system: You are a helpful assistant.
user:
Analyze the provided spectrum to determine if it is a **S-type Star**.

- **Key Indicators for S-type Star:**

    - **(Overall Spectrum Shape):** The first and most obvious characteristic is the overall continuum (the "baseline" shape). It is **extremely "red-sloping,"** meaning the flux (light intensity) is very low on the left side (blue, ~4000-4500 Å) and rises steeply and continuously toward the right side (red, ~7000 Å+).

    - **(Primary):** The spectrum is defined by the presence of strong, broad molecular absorption "valleys" (bands) from **Zirconium Oxide (ZrO)**. The identification of these bands is the **primary requirement** for classifying a star as S-type.
        - **(Key Bandheads):** You must find distinct, deep "dips" where the light has been absorbed. The most critical band systems to locate are:
            - **~6474 Å** ($\gamma$-system): This is often the strongest and clearest ZrO feature, found in the red part of the spectrum.
            - **~5718 Å** & **~5551 Å** ($\beta$-system): A pair of prominent absorption features in the yellow-orange part of the spectrum.
            - **~4640 Å** ($\alpha$-system): A key absorption band system in the blue-green region of the spectrum.

    - **(Secondary Confirmation):** The classification is strengthened by finding additional absorption bands from other related heavy element oxides, which are expected to be present alongside ZrO.
        - **(Key Bandheads):**
            - **Yttrium Oxide (YO):** Look for absorption dips near **~4800 Å** and **~6100 Å**.
            - **Lanthanum Oxide (LaO):** Additional absorption features, particularly in the red-orange part of the spectrum, are also characteristic.

    - **(Line Profile):** The combination of the steep red continuum and these numerous, deep molecular bands (ZrO, YO, etc.) gives the entire spectrum a very **"chopped-up"** or **"bumpy"** appearance. Instead of a smooth curve, the spectrum looks as though large, wide chunks of light have been "carved out" of it at the specific wavelengths listed above.

Think first, call **spectral_visualization_tool** if needed to examine features in detail, then provide your final answer. Your response must adhere to the following strict rules:
1.  **Overall Structure:** Your response must follow the format `<think>...</think> <tool_call>...</tool_call> (if a tool is used) <answer>...</answer>`.
2.  **Tool Usage Constraint:** You may only make **one** tool call per turn.
3.  **Final Answer Format:** In the `<answer>` tag, your conclusion must be inside a `\boxed{}` command (e.g., `\boxed{YES}` or `\boxed{NO}`), followed by your justification.

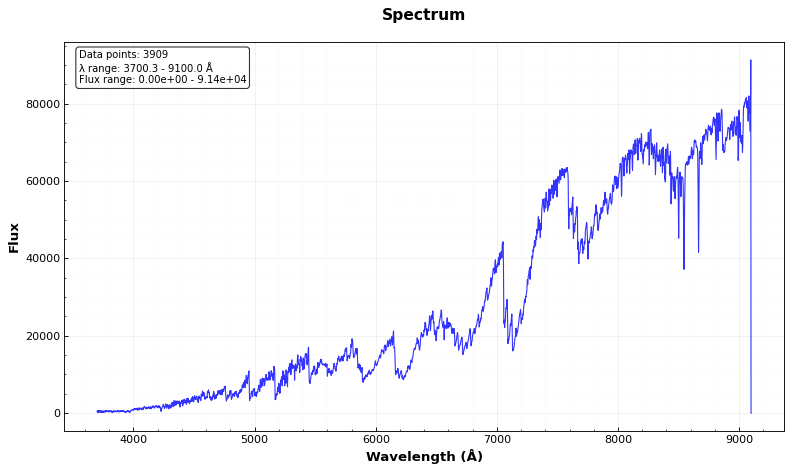
Answer: YES